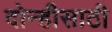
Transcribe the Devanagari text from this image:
दोन्हीसाठी